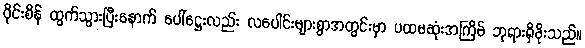
ဝိုင်းစိန် ထွက်သွားပြီးနောက် ပေါ်ဋ္ဌေးလည်း လပေါင်းများစွာအတွင်းမှာ ပထမဆုံးအကြိမ် ဘုရားရှိခိုးသည်။